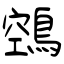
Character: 鵼